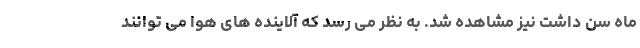
ماه سن داشت نیز مشاهده شد. به نظر می رسد که آلاینده های هوا می توانند